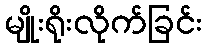
မျိုးရိုးလိုက်ခြင်း